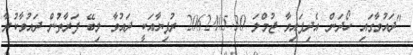
"ދައުވާގައި ހޯދަން އެދިފައިވާ ޖުމްލަ 2062405.30 ރުފިޔާއަކީ ދައުވާ ލިބޭ ފަރާތުން ދައުވާކުރާ